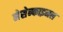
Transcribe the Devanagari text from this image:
मेसेन्काइमल